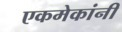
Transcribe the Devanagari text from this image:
एकमेकांनी